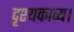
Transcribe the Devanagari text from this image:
दृश्यकाव्य।